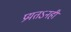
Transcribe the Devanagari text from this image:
प्रयतऽनही